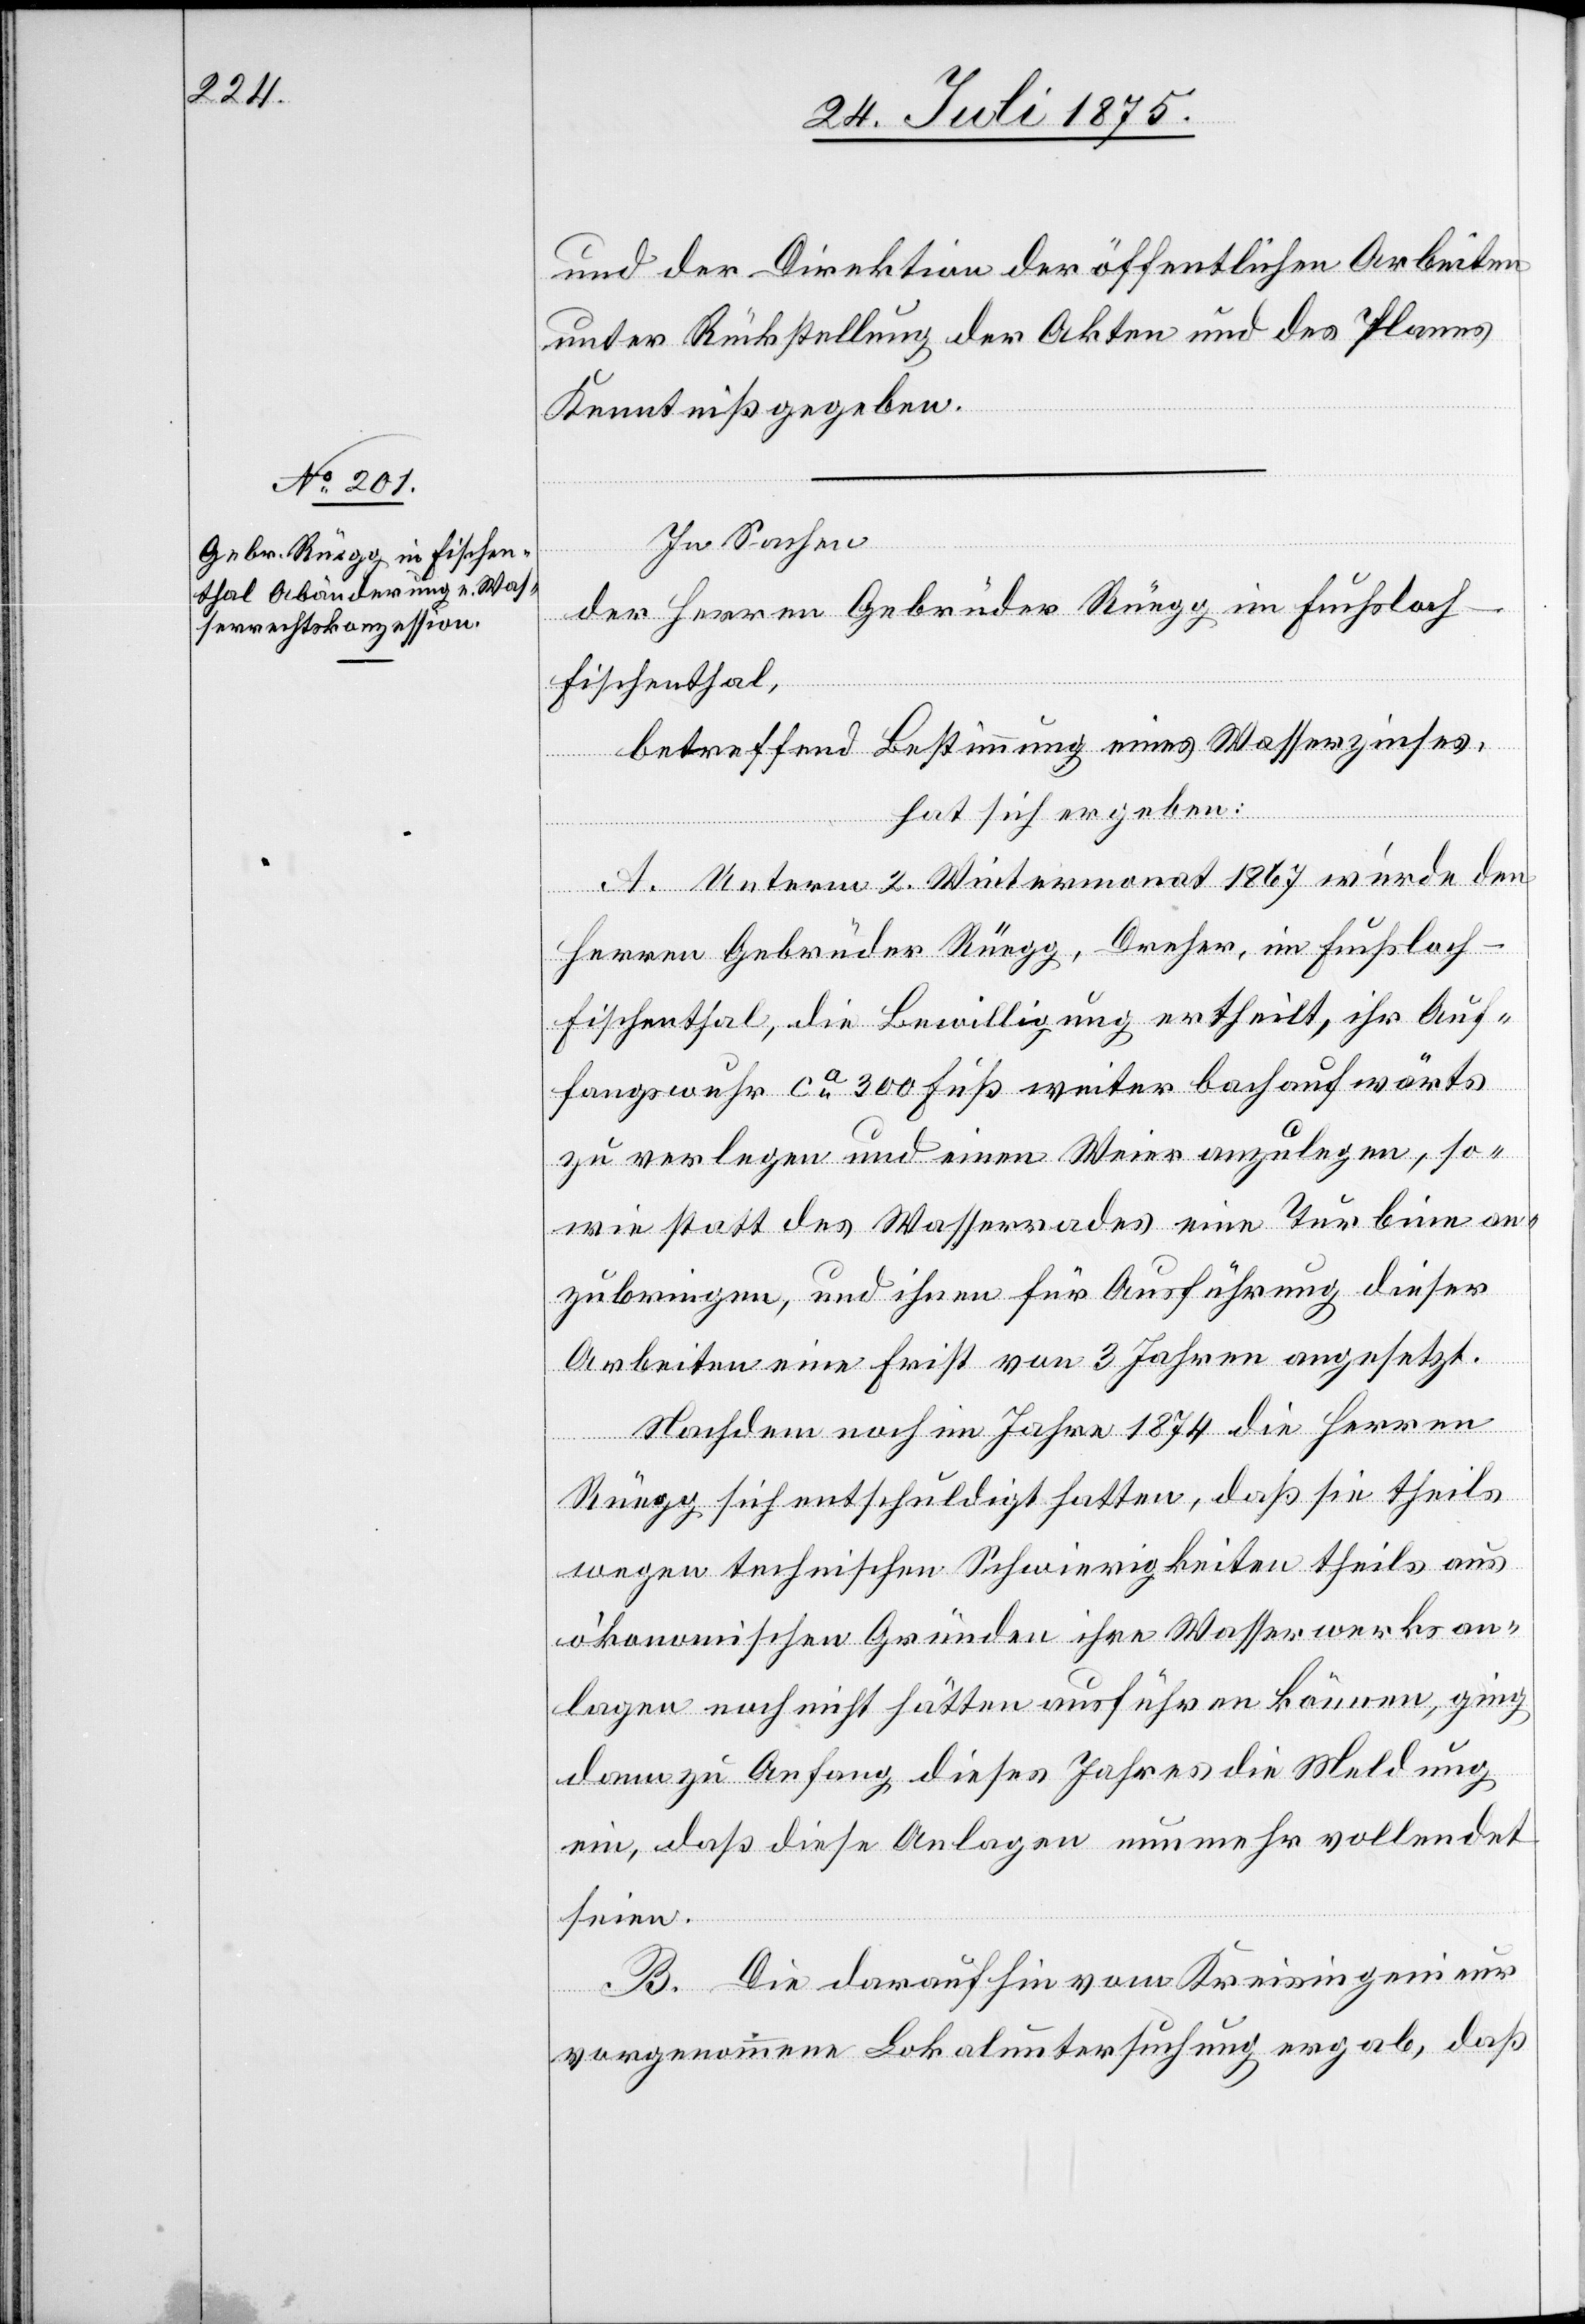
und der Direktion der öffentlichen Arbeiten
unter Rückstellung der Akten und des Planes
Kenntniß gegeben.
In Sachen
der Herren Gebrüder Rüegg im Fuchsloch
Fischenthal,
betreffend Bestimmung eines Wasserzinses,
hat sich ergeben:
A. Unterm 2. Wintermonat 1867 wurde den
Herren Gebrüder Rüegg, Dreher, im Fuchsloch
Fischenthal, die Bewilligung ertheilt, ihr Auf¬
fangswuhr ca 300 Fuß weiter bachlaufwärts
zu verlegen und einen Weier anzulegen, so¬
wie statt des Wasserrades eine Turbine an¬
zubringen, und ihnen für Ausführung dieser
Arbeiten eine Frist von 3 Jahren angesetzt.
Nachdem noch im Jahre 1874 die Herren
Rüegg sich entschuldigt hatten, daß sie theils
wegen technischen Schwierigkeiten theils aus
ökonomischen Gründen ihre Wasserwerksan¬
lagen noch nicht hätten ausführen können, ging
dann zu Anfang dieses Jahres die Meldung
ein, daß diese Anlagen nunmehr vollendet
seien.
B. Die daraufhin vom Kreisingenieur
vorgenommenen Lokaluntersuchung ergab, daß